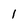
Character: l